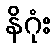
နိဂုံး